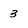
Character: 3